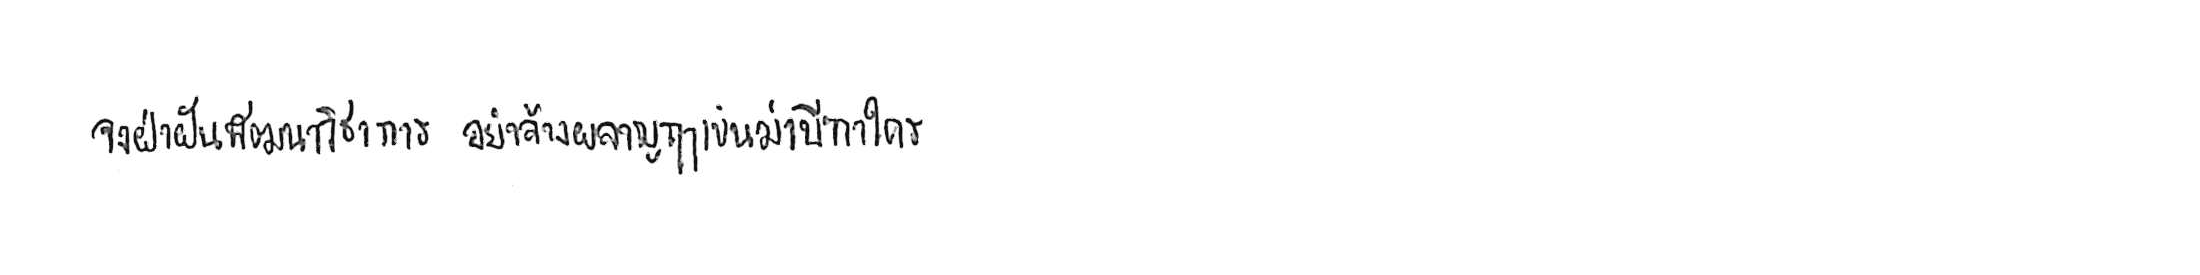
จงฝ่าฟันพัฒนาวิชาการ อย่าล้างผลาญฤๅเข่นฆ่าบีฑาใคร